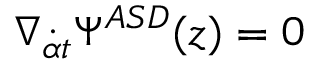
\nabla _ { { \dot { \alpha } } t } \Psi ^ { { \cal A S D } } ( z ) = 0